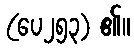
(ပေ၂၅၃) ၏။